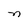
Character: n